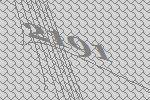
2191